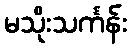
မသိုးသင်္ကန်း